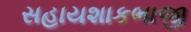
સહાયશાકભાજી